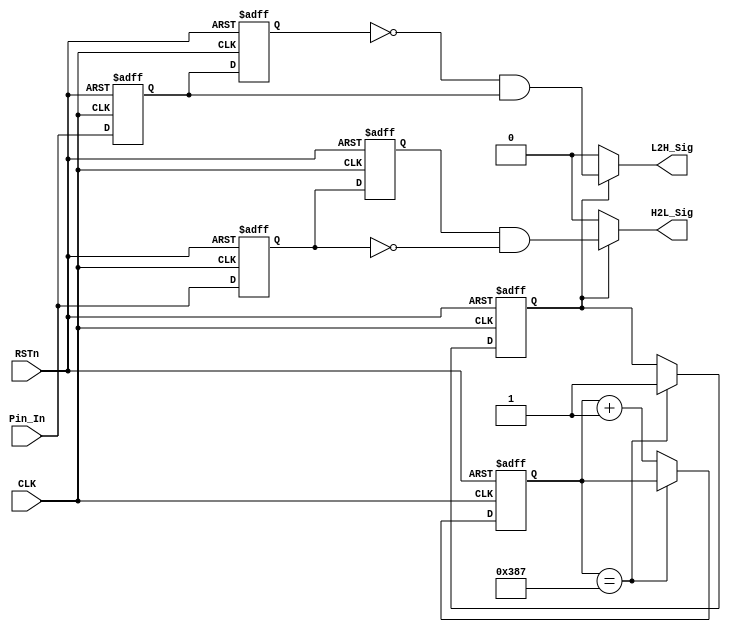
module KEY_DETECT_MODULE
(
	CLK, RSTn, Pin_In, H2L_Sig, L2H_Sig
);

	input CLK;
	input RSTn;
	input Pin_In;
	output H2L_Sig;
	output L2H_Sig;
	
	//// System_clock = 50MHz, 50M*0.0001-1=4_999;
	parameter T100US = 11'd4_999;
	
	
	reg [10:0]Count1;
	reg isEn;
	
	always@(posedge CLK or negedge RSTn)
		if(!RSTn)
			begin 
				Count1 <= 11'd0;
				isEn <= 1'b0;
			end
		else if(Count1 == T100US)
			isEn <= 1'b1;
		else
			Count1 <= Count1 + 1'b1;
			
	///////////////////////////////////////////////
	
	reg H2L_F1;
	reg H2L_F2;
	reg L2H_F1;
	reg L2H_F2;
	
	always@(posedge CLK or negedge RSTn)
		if(!RSTn)
			begin 
				H2L_F1 <= 1'b1;
				H2L_F2 <= 1'b1;
				L2H_F1 <= 1'b0;
				L2H_F2 <= 1'b0;
				
			end
		else 
			begin
				H2L_F1 <= Pin_In;
				H2L_F2 <= H2L_F1;
				L2H_F1 <= Pin_In;
				L2H_F2 <= L2H_F1;
			end
			
			
	///////////////////////////////////////////////////
	
	
	assign H2L_Sig = isEn ? (H2L_F2 & !H2L_F1) : 1'b0;
	assign L2H_Sig = isEn ? (!L2H_F2 & L2H_F1) : 1'b0;
	
	
endmodule